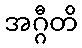
အဂ္ဂီတိ